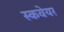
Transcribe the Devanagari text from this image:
स्कवेयर